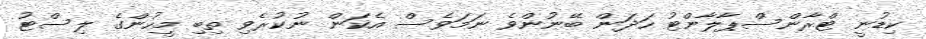
ކިޑުނީ ޓްރާންސްޕާލާންޓު ހަދަން ބޭނުންވެ ނަމަވެސް އެކަން ނުކުރެވި ތިބި މީހުންގެ ލިސްޓު